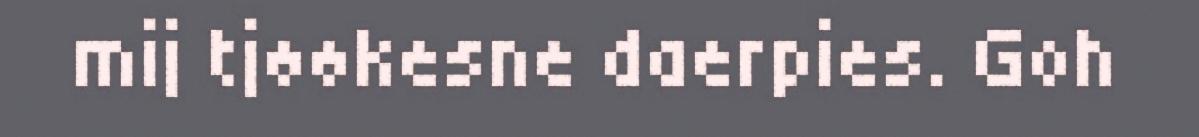
mij tjøøkesne daerpies. Goh